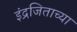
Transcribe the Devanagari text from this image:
इंद्रजिताच्या